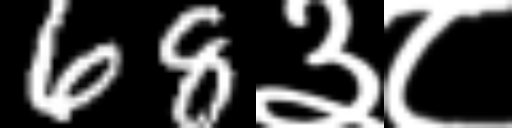
Text: 68३८